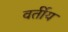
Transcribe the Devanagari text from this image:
वर्तीय